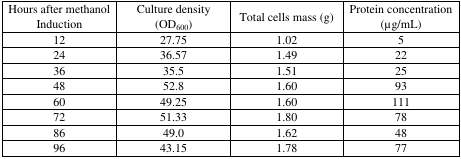
| Hours after methanol Induction | Culture density (OD600) | Total cells mass (g) | Protein concentration (μg/mL) |
 | --- | --- | --- | --- |
 | 12 | 27.75 | 1.02 | 5 |
 | 24 | 36.57 | 1.49 | 22 |
 | 36 | 35.5 | 1.51 | 25 |
 | 48 | 52.8 | 1.60 | 93 |
 | 60 | 49.25 | 1.60 | 111 |
 | 72 | 51.33 | 1.80 | 78 |
 | 86 | 49.0 | 1.62 | 48 |
 | 96 | 43.15 | 1.78 | 77 |